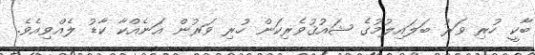
ބާކީ ހުރި ވަރު ބަލައިލުމުގެ ޝައުޤުވެރިކަން ހުރި ވަރުން އަނެއްކާ ކާޑު ލެއްވިއެވެ.